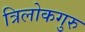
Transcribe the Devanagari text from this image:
त्रिलोकगुरु